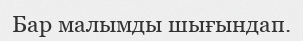
Бар малымды шығындап.